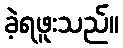
ခဲ့ရဖူးသည်။